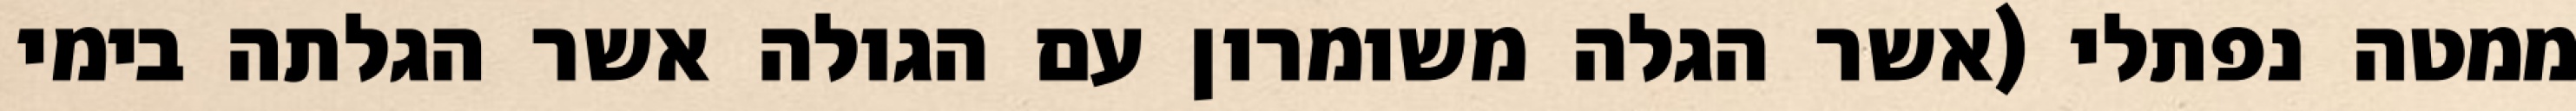
ממטה נפתלי (אשר הגלה משומרון עם הגולה אשר הגלתה בימי